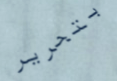
بتحرير